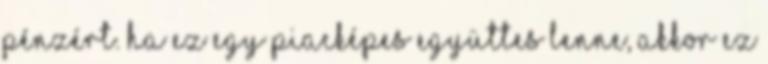
pénzért. Ha ez egy piacképes együttes lenne, akkor ez